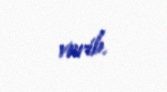
verib.